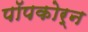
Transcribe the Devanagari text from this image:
पॉपकोर्न